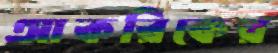
আকরিকের